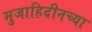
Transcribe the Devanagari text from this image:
मुजाहिदीनच्या